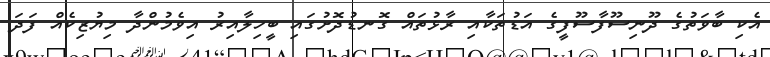
އެކި ބާވަތުގެ ދޫނިސޫފާސޫފީގެ އަޑުތަކާއި ރާޅުތައް ގޮނޑުދޮށުގައި ބީހިލާއިރު އިވެމުންދާ މިޔުޒިކެއް ފަދަ